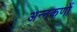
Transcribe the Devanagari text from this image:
अन्नकणों